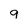
Character: 9